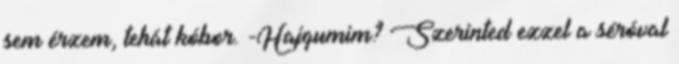
sem érzem, tehát kóbor. -Hajgumim? Szerinted ezzel a séróval